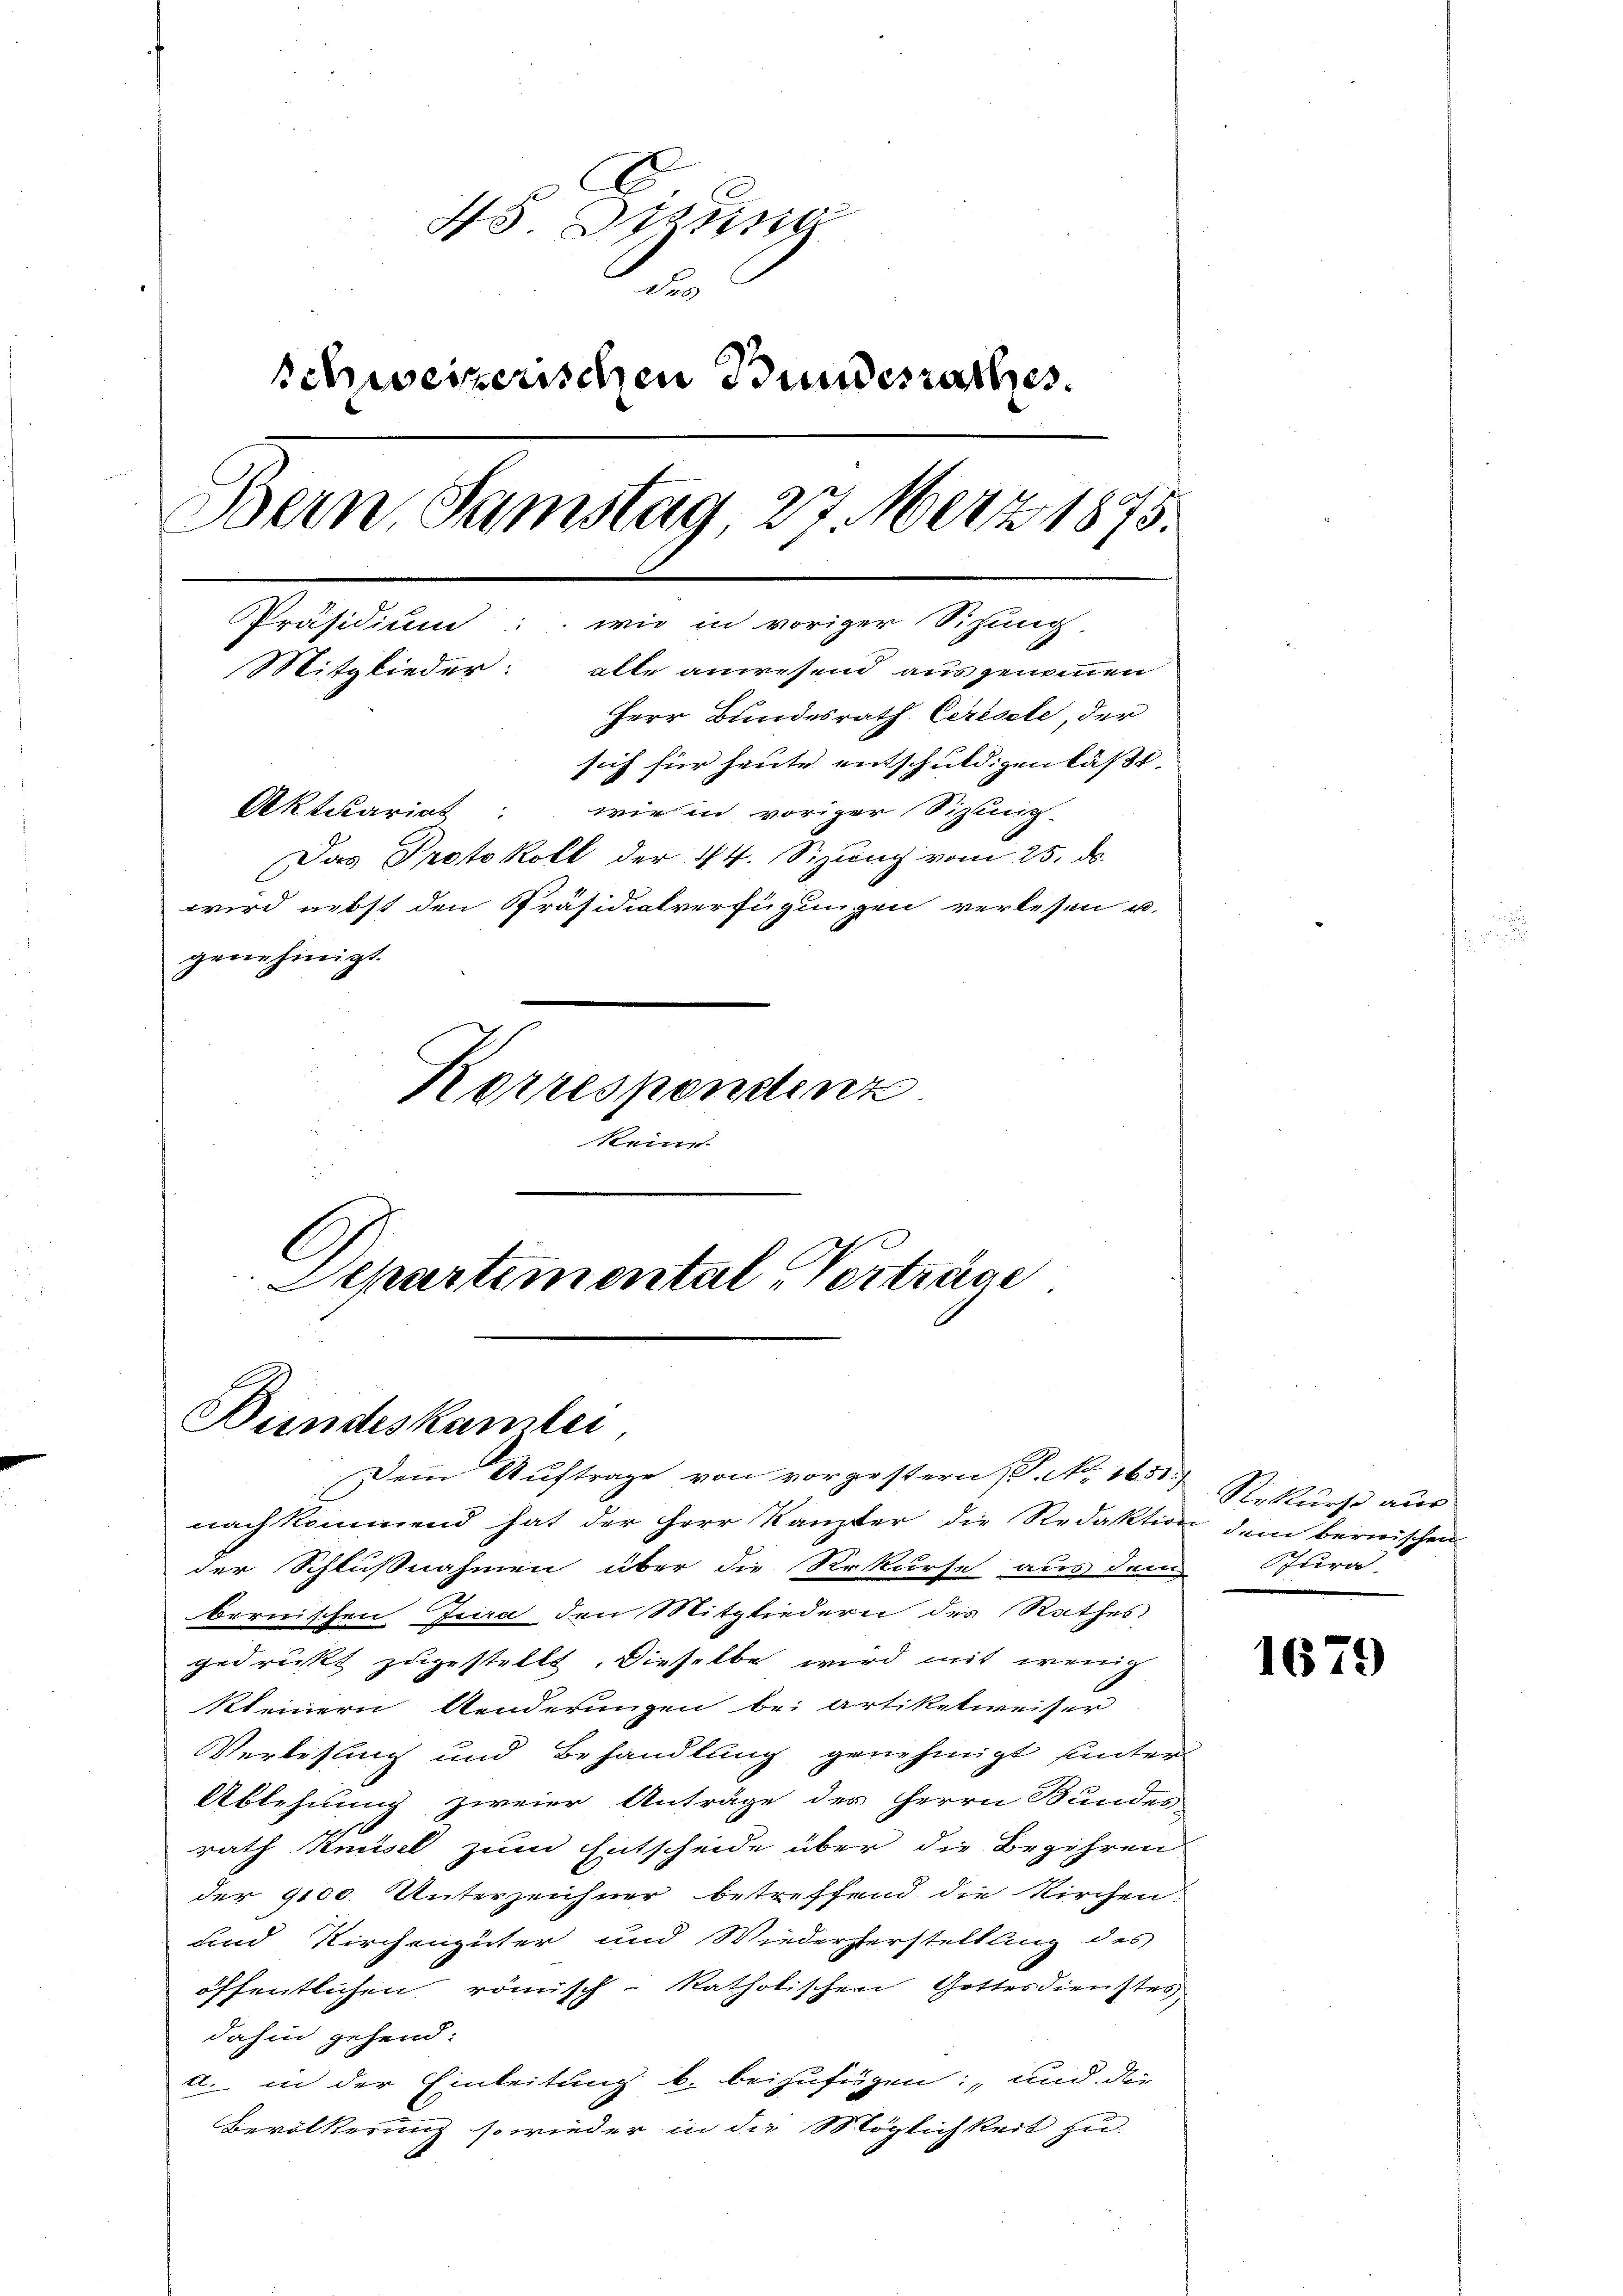
45 Drung
de
Schweizerischen Bundesrathes.
Bern, Samstag 27. März 1875.
Präsidium: wie in voriger Sizung.
Mitglieder: alle anwesend ausgenommen
Herr Bundesrath Ceresele, der
sich für heute entschuldigen läßt.
Aktuariat wie in voriger Sizung-
Das Protokoll der 14. Sizung vom 25. d.
wird nebst den Präsidialverfügungen verlesen u.
genehmigt.
Korrespondenz
kein
Separtimental Verträge

Bundeskamber

Dein Auftrage von vorgestern P. Nr. 1651.
nachkommend hat der Herr Kanzler die Redaktion dem bernischen
der Schlußnahmen über die Rekurse aus dem
bernischen Jura den Mitgliedern des Rathes
gedrückt zugestellt. Dieselbe wird mit wenig
kleinern Aenderungen bei Artiketweiser
Verlesung und Behandlung genehmigt unter
Ablehnung zweier Anträge des Herrn Bundes
rath Knüsel zum Entscheide über die Begehren
der 9100. Unterzeichner betreffend die Kirchen.
und Kirchengüter und Wiederherstellung des
öffentlichen römisch-katholischen Gottesdienstes,
dahin gehend:
a. in der Einleitung b. beizufügen: „und die
Bevölkerung so wieder in die Möglichkeit zu

Rekurse aus
Pfura-

1679